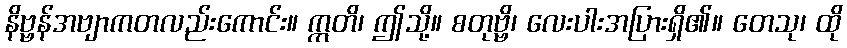
နိဗ္ဗန်အဗျာကတလည်းကောင်း။ ဣတိ၊ ဤသို့။ စတုဗ္ဗိ၊ လေးပါးအပြားရှိ၏။ တေသု၊ ထို